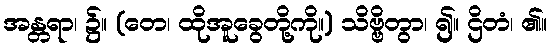
အန္တရာ၊ ၌။ (တေ၊ ထိုအူခွေတို့ကို။) သိဗ္ဗိတွာ၊ ၍။ ဌိတံ၊ ၏။